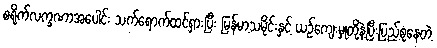
စရိုက်လက္ခဏာအပေါင်း သက်ရောက်ထင်ရှားပြီး မြန်မာ့သမိုင်းနှင့် ယဉ်ကျေးမှုတို့နဲ့ပြီးပြည့်စုံနေတဲ့